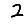
Digit: 2